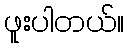
ဖူးပါတယ်။